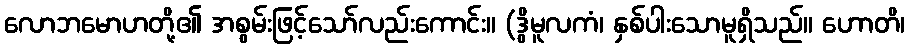
လောဘမောဟတို့၏ အစွမ်းဖြင့်သော်လည်းကောင်း။ (ဒွိမူလကံ၊ နှစ်ပါးသောမူရှိသည်။ ဟောတိ၊